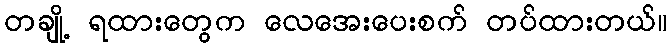
တချို့ ရထားတွေက လေအေးပေးစက် တပ်ထားတယ်။